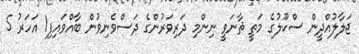
ޖަލާލުއްދީން ސްކޫލުގެ މަތީ ޘާނަވީ ނިންމި ދަރިވަރުންގެ ދަސްވެނިވުން ބާއްވައިފި1 އަހަރު 5